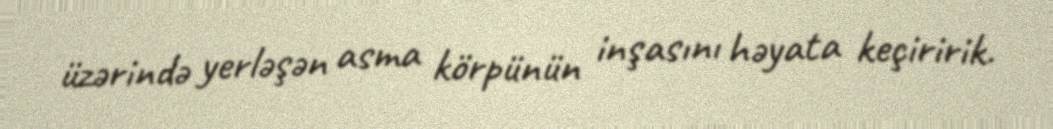
üzərində yerləşən asma körpünün inşasını həyata keçiririk.